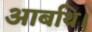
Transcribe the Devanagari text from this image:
आबथि।